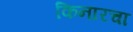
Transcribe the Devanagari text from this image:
किनारचा